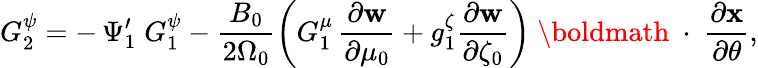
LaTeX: G_{2}^{\psi}=-\, \Psi_{1}^{\prime}\; G_{1}^{\psi}-\frac{B_{0}}{2\Omega_{0}}\left(G_{1}^{\mu}\, \frac{\partial\mathbf w}{\partial\mu_{0}}+g_{1}^{\zeta}\frac{\partial\mathbf w}{\partial\zeta_{0}}\right)\mathrm{~\boldmath~\cdot~}\frac{\partial\mathbf x}{\partial\theta},